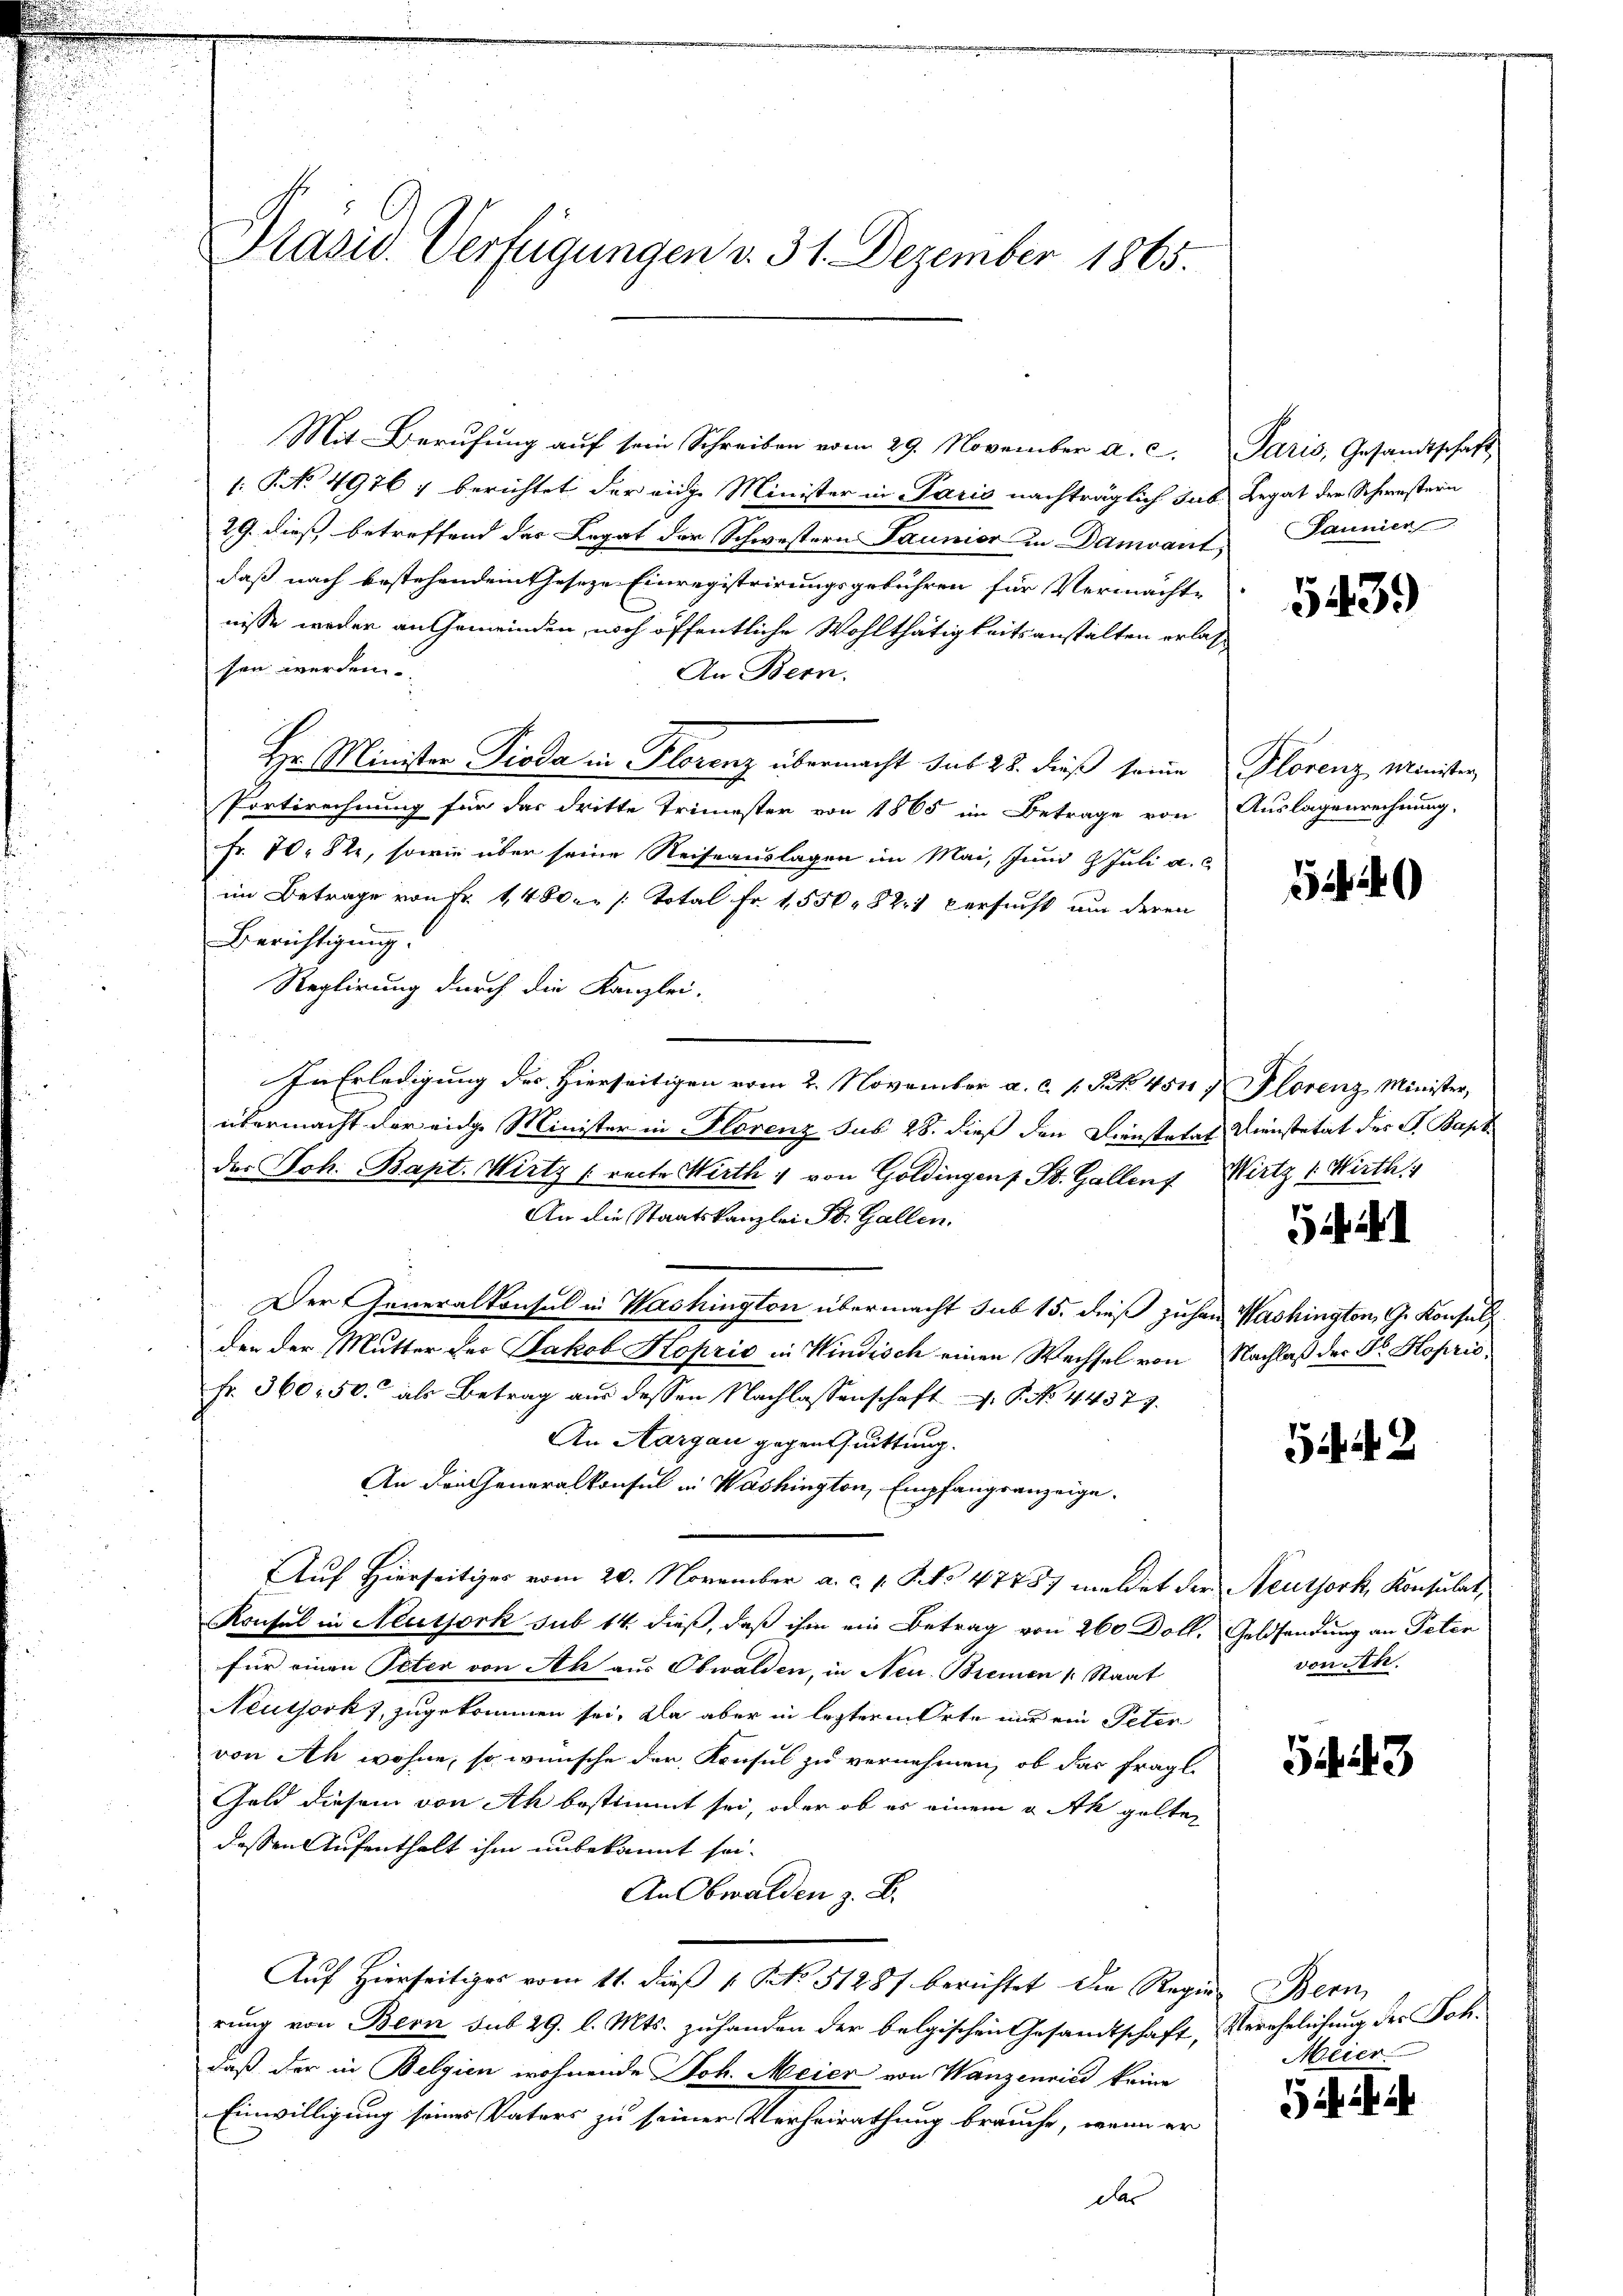
Prasis. Verfügungen v. 31. Dezember 1865.

Mit Berufung auf sein Schreiben vom 29. November a. c. Paris, Gesandtschaft
1: No 4976, berichtet der eidge Minister in Paris nachträglich sub. Legat der Schwestern
29. dieß betreffend der Legat der Schwestern Taunior in Damvant
daß nach bestehendem Geseze Einregistrirungsgebühren für Vermächte
nisse weder an Gemeinden, noch öffentliche Wohlthätigkeitsanstalten erlas
sen werden.
An Bern.
Hr. Minister Pioda in Florenz übermacht sub 28. dieß seine Florenz Minister
Portirechnung für das dritte Trimester von 1865 im Betrage von Auslagenrechnung,
Fr. 70. 82, sowie über seine Reiseauslagen im Mai, Juni 2 Juli a.c
im Betrage von Fr. 1480. /: Total Fr. 1,550. 821 versucht um deren
Berichtigung.
Reglirung durch die Kanzlei-
In Erledigung der Hierseitigen vom 2. November a. c. s. S. 4511. Florenz Minister,
übermacht der eige Minister in Florenz sus 28. dieß den Dienstatat Dienstetät des G. Bapt
des Joh. Bapt. Wirtz (recte Wirth " von Goldingen St. Gallen Wirtz : Wirth
An die Staatskanzlei St. Gallen.
Der Generalkonsul in Washington übermacht sub 15. dieß zuhan Washington, G. Konsuls
den der Mutter der Jakob Kopzić in Windisch einen Wechsel von Nachlaß der Dr. Hoprić,
Fr. 360. 50. als Betrag aŭs dessen Nachlassenschaft P. No. 44377.
An Aargau gegen Quittung.
An den Generalkonsul in Washington, Empfangsanzeige.
Auf Hierseitiger vom 20. November a. c. p. No 47487 meldet der Neutjork, Konsulat,
Konsul in Neutjork sub 14 dieß, daß ihm ein Betrag von 260 Doll. Geldsendung an Peten
für einen Peter von Ah aus Obwalden, in Neu Bremen (: Staat
Neuthork, zugekommen sei. Da aber in lezteren Orte nur ein Peter
von Ah wohne, so wünsche der Konsul zu vernehmen, ob das fragl.
Geld diesem von Ah bestimmt sei, oder ob es einem u. Ak gelten
dessen Aufenthalt ihm unbekannt sei.
An Obwalden z. B.
Auf Hierseitiges vom 11. dieß 1 S. 51287 berichtet die Regie Bern
rung von Bern sub 29. l. Mts. zuhanden der belgischen Gesandtschaft, Verehelichung der Sohdaß der in Belgien wohnende Joh. Meier von Wanzenried keine
Einwilligung seines Vaters zu seiner Verheirathung brauche, wenn er
des

Jannien

5439

42

von Ah.

543

Meier.